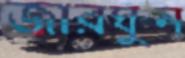
জারঘুন